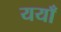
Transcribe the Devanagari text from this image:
ययाँ